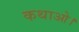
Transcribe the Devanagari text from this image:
कथाओ।